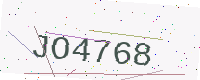
Text: JO4768